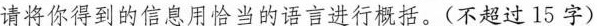
请将你得到的信息用恰当的语言进行概括。(不超过15字)